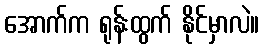
အောက်က ရုန်းထွက် နိုင်မှာလဲ။